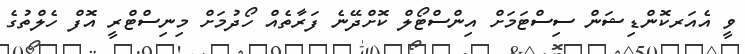
ވީ އެއަރކޮންޑިޝަން ސިސްޓަމަށް އިންސްޓޯލް ކޮށްދޭނެ ފަރާތެއް ހޯދުމަށް މިނިސްޓްރީ އޮފް ހެލްތުގެ